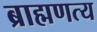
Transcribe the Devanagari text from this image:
ब्राह्मणत्य